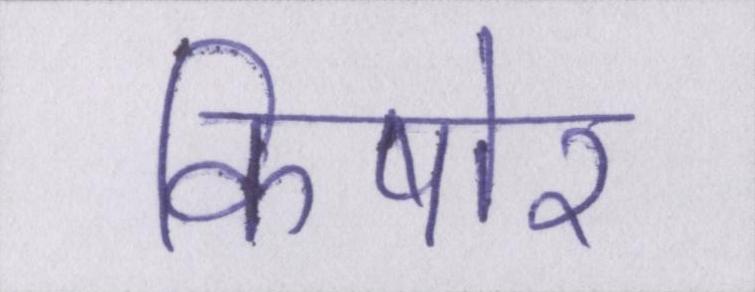
किषोर